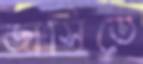
জার্সিতে